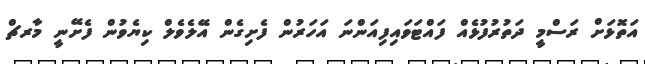
އަތޮޅަށް ރަސްމީ ދަތުރުފުޅެއް ފައްޓަވަައިފިއަންނަ އަހަރުން ފެށިގެން އޭލެވެލް ކިޔެވުން ފެށޭނީ މާރޗް